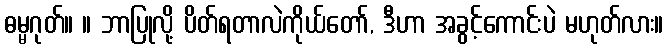
ဓမ္မဂုတ်။ ။ ဘာပြုလို့ ပိတ်ရတာလဲကိုယ်တော်, ဒီဟာ အခွင့်ကောင်းပဲ မဟုတ်လား။